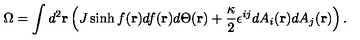
\Omega = \int d ^ { 2 } { \bf r } \left( J \sinh f ( { \bf r } ) d f ( { \bf r } ) d \Theta ( { \bf r } ) + \frac { \kappa } { 2 } \epsilon ^ { i j } d A _ { i } ( { \bf r } ) d A _ { j } ( { \bf r } ) \right) .